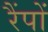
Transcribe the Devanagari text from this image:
रैंपों